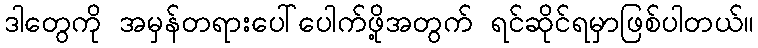
ဒါတွေကို အမှန်တရားပေါ်ပေါက်ဖို့အတွက် ရင်ဆိုင်ရမှာဖြစ်ပါတယ်။